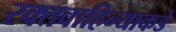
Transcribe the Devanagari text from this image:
रक्तवाहिन्याकडे